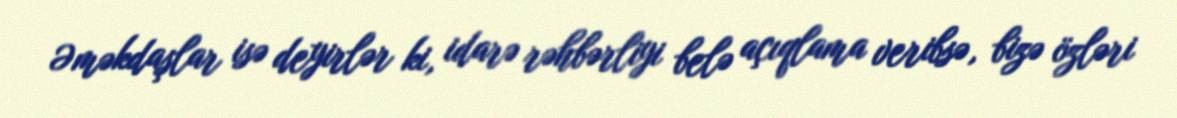
Əməkdaşlar isə deyirlər ki, idarə rəhbərliyi belə açıqlama veribsə, bizə özləri